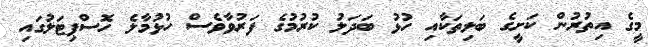
މީގެ އިތުރުން ކަށީގެ ބަލިތަކާއި ހުޅު ބަދަލު ކުރުމުގެ ފަރުވާވެސް ހުޅުމާލެ ހޮސްޕިޓަލުގައި